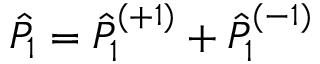
\hat { P } _ { 1 } = \hat { P } _ { 1 } ^ { ( + 1 ) } + \hat { P } _ { 1 } ^ { ( - 1 ) }